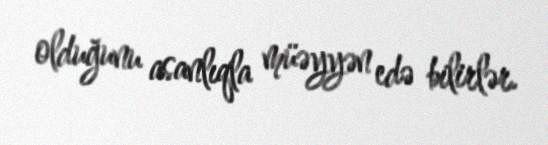
olduğunu asanlıqla müəyyən edə bilirlər.